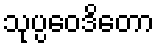
သုပ္ပဝေဒိတော